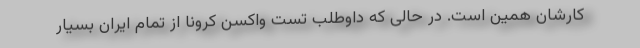
کارشان همین است. در حالی که داوطلب تست واکسن کرونا از تمام ایران بسیار